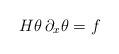
LaTeX: \begin{align*}H\theta \, \partial_x \theta = f\end{align*}